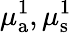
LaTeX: \mu_{{\mathrm a}}^{1},\mu_{\mathrm{s}}^{1}